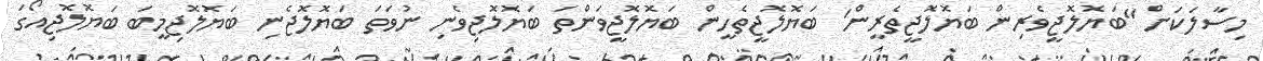
މިސާލަކަށް "ބަޔޮލޮޖީވެރިން ބަޔޮލޮޖީތެރީން' ބަޔޮލޮޖީތެހީން ބަޔޮލޮޖީވަންތަ ބަޔޮލޮޖިވެނި ނުވަތަ ބަޔޮލޮޖެނި ބަޔޮލޮޖިމީބަ ބަޔޮލޮޖިއޯގަ